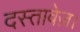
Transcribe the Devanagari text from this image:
दस्तावेज़।